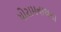
ધોરામનાથના